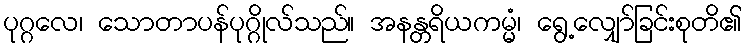
ပုဂ္ဂလေ၊ သောတာပန်ပုဂ္ဂိုလ်သည်။ အနန္တရိယကမ္မံ၊ ရွေ့လျှော်ခြင်းစုတိ၏